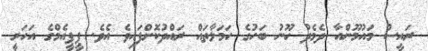
ރައީސް މައުމޫންއާ ދެމެދު ހޫނު ބަހުގެ ހަމަލާތައް ރައްދުކޮށްފައިވެ އެވެ. ޕީޕީއެމްގެ އަހަރީ